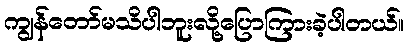
ကျွန်တော်မသိပါဘူးလို့ပြောကြားခဲ့ပါတယ်။